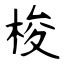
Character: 梭